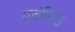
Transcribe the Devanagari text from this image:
एवंजिस